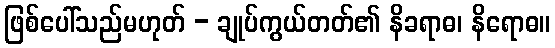
ဖြစ်ပေါ်သည်မဟုတ် - ချုပ်ကွယ်တတ်၏ နိခရာဓ၊ နိရောဓ။